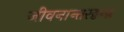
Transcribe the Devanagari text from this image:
जीवनान्तरद्वन्द्व